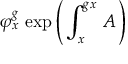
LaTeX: \varphi _ { x } ^ { g } \, \exp \left( \, \int _ { x } ^ { g x } \, A \, \right)